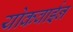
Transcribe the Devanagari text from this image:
योकवाईन